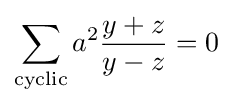
\sum _{\text{cyclic}}a^{2}{\frac {y+z}{y-z}}=0